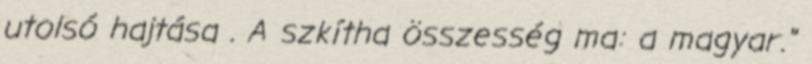
utolsó hajtása . A szkítha összesség ma: a magyar."